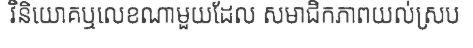
វិនិយោគឬលេខណាមួយដែល សមាជិកភាពយល់ស្រប